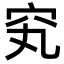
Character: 䆒